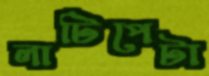
লাটিপেটা